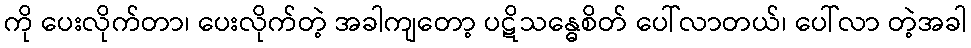
ကို ပေးလိုက်တာ၊ ပေးလိုက်တဲ့ အခါကျတော့ ပဋိသန္ဓေစိတ် ပေါ်လာတယ်၊ ပေါ်လာ တဲ့အခါ